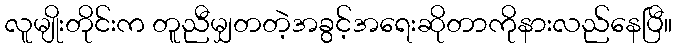
လူမျိုးတိုင်းက တူညီမျှတတဲ့အခွင့်အရေးဆိုတာကိုနားလည်နေပြီ။